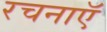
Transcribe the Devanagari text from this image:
रचनाऍ